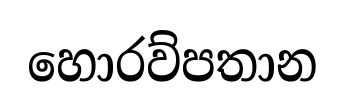
හොරව්පතාන